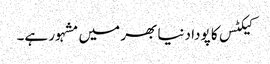
کیکٹس کا پودا دنیا بھر میں مشہور ہے۔